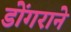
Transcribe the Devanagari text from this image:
डोंगराने